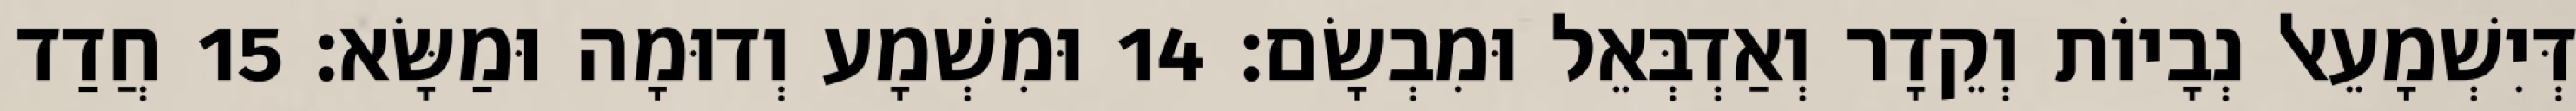
דְּיִשְׁמָעֵאל נְבָיוֹת וְקֵדָר וְאַדְבְּאֵל וּמִבְשָׂם׃ 14 וּמִשְׁמָע וְדוּמָה וּמַשָּׂא׃ 15 חֲדַד